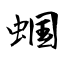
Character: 蝈